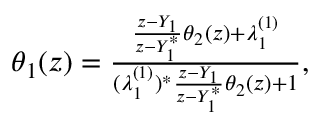
\begin{array} { r } { \theta _ { 1 } ( z ) = \frac { \frac { z - Y _ { 1 } } { z - Y _ { 1 } ^ { * } } \theta _ { 2 } ( z ) + \lambda _ { 1 } ^ { ( 1 ) } } { ( \lambda _ { 1 } ^ { ( 1 ) } ) ^ { * } \frac { z - Y _ { 1 } } { z - Y _ { 1 } ^ { * } } \theta _ { 2 } ( z ) + 1 } , } \end{array}